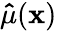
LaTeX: \mathbf{\hat{\mu}}(\mathbf{x})